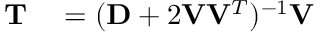
\begin{array} { r l } { \mathbf { T } } & { { } = ( \mathbf { D } + 2 \mathbf { V } \mathbf { V } ^ { T } ) ^ { - 1 } \mathbf { V } } \end{array}